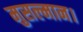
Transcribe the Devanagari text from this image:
मुसल्मान।